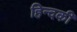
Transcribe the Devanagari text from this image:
हिन्दकी